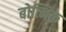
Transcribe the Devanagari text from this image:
बोत्निक